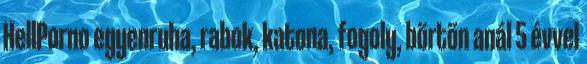
HellPorno egyenruha, rabok, katona, fogoly, börtön anál 5 évvel